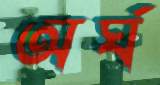
অর্ঘ